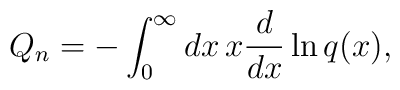
Q_n=-\int_0^\infty dx\,x{d\over dx}\ln q(x),